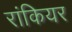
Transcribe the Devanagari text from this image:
रांकियर